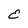
Character: E